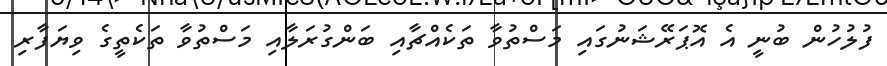
ފުލުހުން ބުނީ އެ އޮޕަރޭޝަނުގައި މަސްތުވާ ތަކެއްޗާއި ބަންގުރަލާއި މަސްތުވާ ތަކެތީގެ ވިޔަފާރި